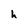
Character: h